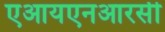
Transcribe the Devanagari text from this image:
एआयएनआरसी